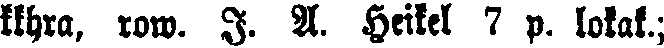
kkhra, row. I. A. Heikel 7 p. lokak.;